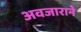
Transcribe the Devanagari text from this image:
अवजाराने